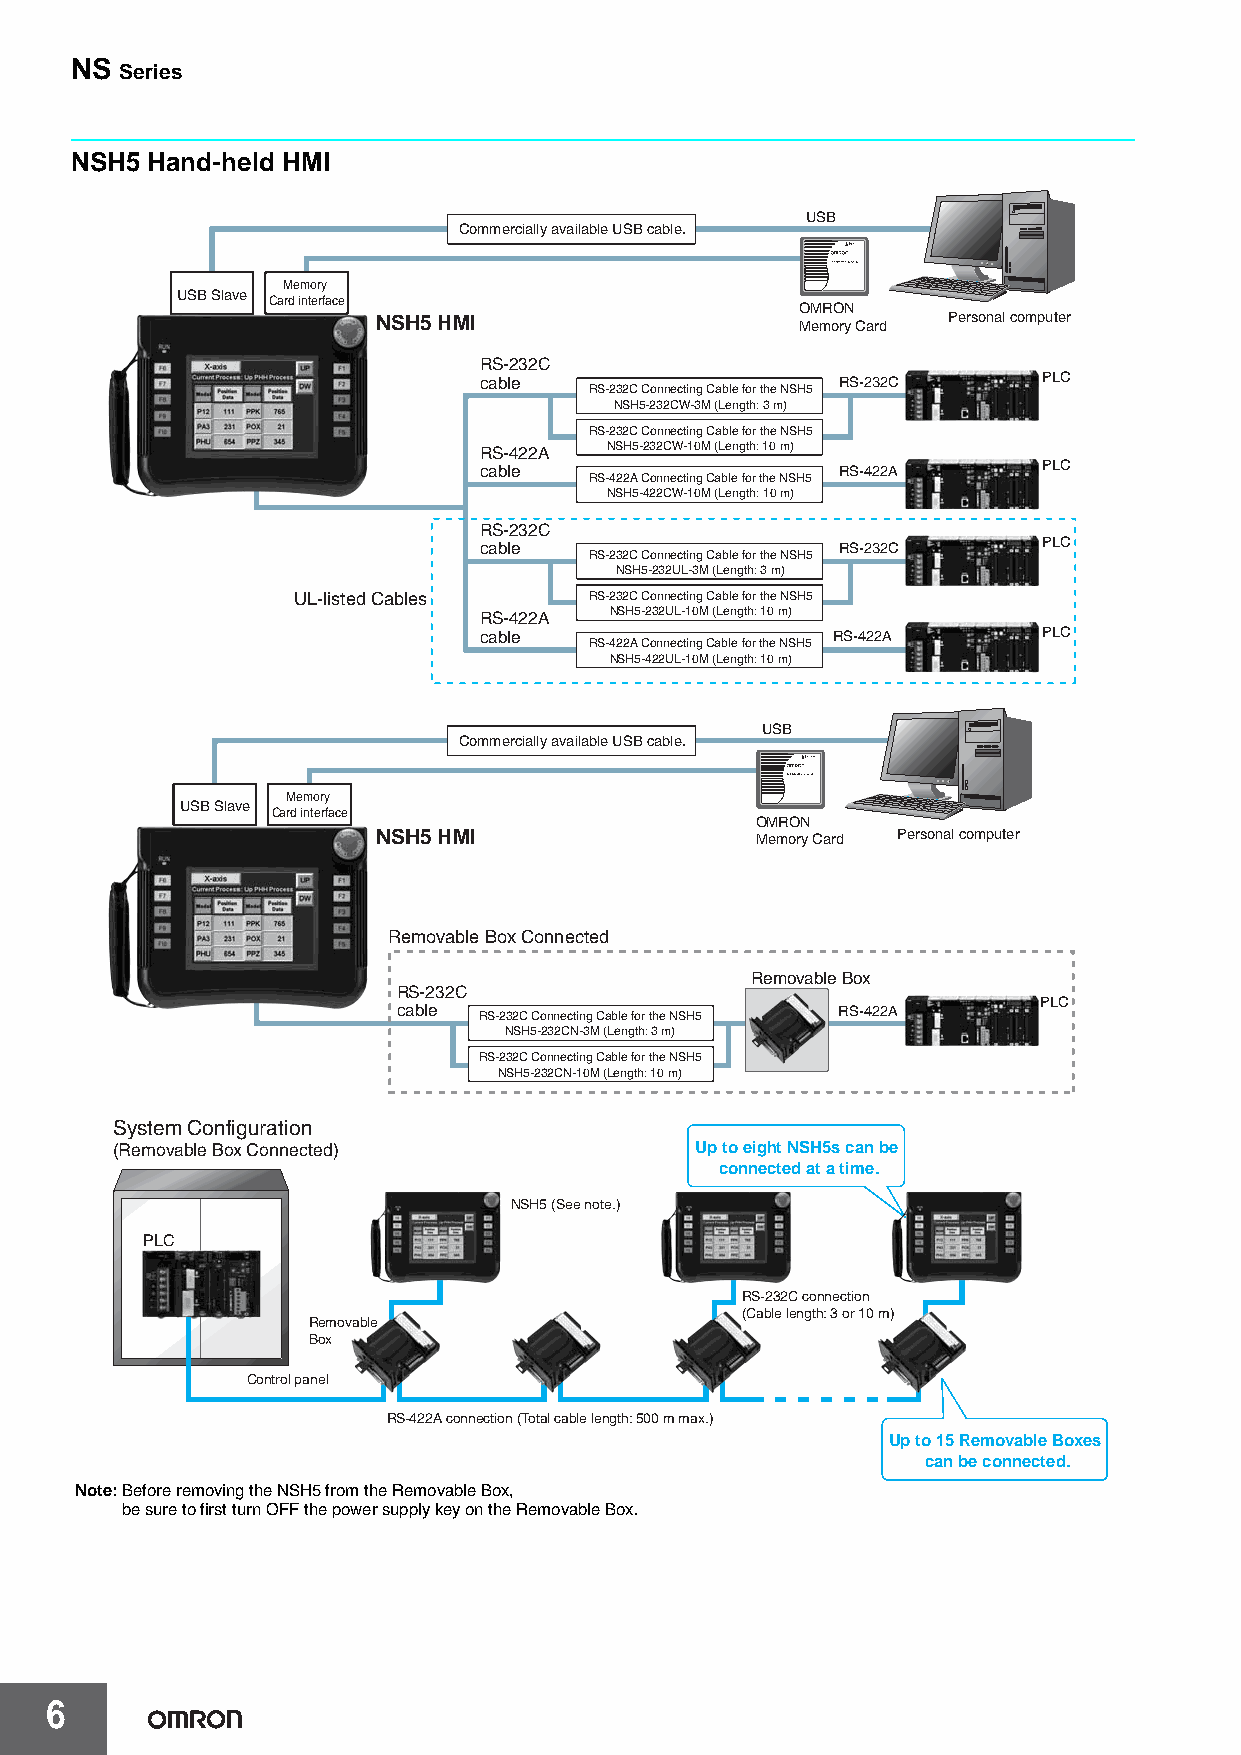
NS
 Series
 NSH5 Hand-held HMI
 USB
 Commercially available USB cable.
 Memory
 USB Slave
 Card interface
 OMRON
 NSH5 HMI                    Memory Card Personal computer
 RS-232C
 cable                  RS-232C       PLC
 RS-232C Connecting Cable for the NSH5
 NSH5-232CW-3M (Length: 3 m)
 RS-232C Connecting Cable for the NSH5
 RS-422A NSH5-232CW-10M (Length: 10 m)
 cable                  RS-422A       PLC
 RS-422A Connecting Cable for the NSH5
 NSH5-422CW-10M (Length: 10 m)
 RS-232C
 cable                  RS-232C       PLC
 RS-232C Connecting Cable for the NSH5
 NSH5-232UL-3M (Length: 3 m)
 UL-listed Cables    RS-232C Connecting Cable for the NSH5
 RS-422A NSH5-232UL-10M (Length: 10 m)
 cable                  RS-422A       PLC
 RS-422A Connecting Cable for the NSH5
 NSH5-422UL-10M (Length: 10 m)
 USB
 Commercially available USB cable.
 Memory
 USB Slave
 Card interface
 OMRON
 NSH5 HMI                 Memory Card Personal computer
 Removable Box Connected
 Removable Box
 RS-232C
 PLC
 cable RS-232C Connecting Cable for the NSH5 RS-422A
 NSH5-232CN-3M (Length: 3 m)
 RS-232C Connecting Cable for the NSH5
 NSH5-232CN-10M (Length: 10 m)
 System Configuration
 (Removable Box Connected)              Up to eight NSH5s can be
 connected at a time.
 NSH5 (See note.)
 PLC
 RS-232C connection
 (Cable length: 3 or 10 m)
 Removable
 Box
 Control panel
 RS-422A connection (Total cable length: 500 m max.)
 Up to 15 Removable Boxes
 can be connected.
 Note:Before removing the NSH5 from the Removable Box,
 be sure to first turn OFF the power supply key on the Removable Box.
 6